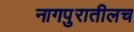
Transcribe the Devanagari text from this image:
नागपुरातीलच